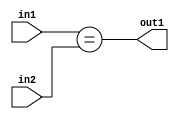
`timescale 1ps / 1ps
/*****************************************************************************
    Verilog RTL Description
    
    
    Created by: Stratus DpOpt 2019.1.01 
*******************************************************************************/

module feature_write_addr_gen_Equal_3Ux3U_1U_4_0 (
	in2,
	in1,
	out1
	); /* architecture "behavioural" */ 
input [2:0] in2,
	in1;
output  out1;
wire  asc001;

assign asc001 = (in1==in2);

assign out1 = asc001;
endmodule

/* CADENCE  urn0TgA= : u9/ySgnWtBlWxVPRXgAZ4Og= ** DO NOT EDIT THIS LINE ******/